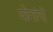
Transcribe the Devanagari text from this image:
योगांगों